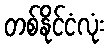
တစ်နိုင်ငံလုံး